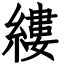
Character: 縷